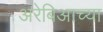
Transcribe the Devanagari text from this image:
अरेबिआच्या